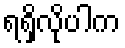
ရရှိလိုပါက